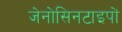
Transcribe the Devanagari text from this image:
जेनोसिनटाइपों